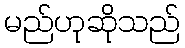
မည်ဟုဆိုသည်